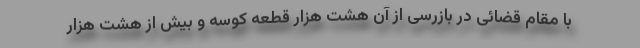
با مقام قضائی در بازرسی از آن هشت هزار قطعه کوسه و بیش از هشت هزار